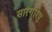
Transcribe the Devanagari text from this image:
सारंगरिपु